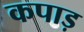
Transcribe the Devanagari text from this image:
कपाड़